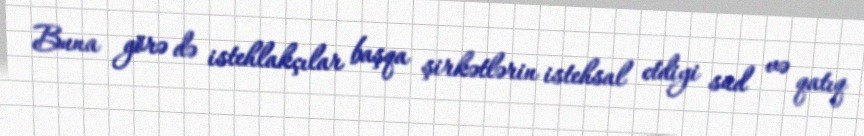
Buna görə də istehlakçılar başqa şirkətlərin istehsal etdiyi süd və qatıq